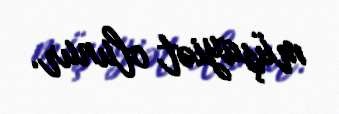
müşayiət olunur.